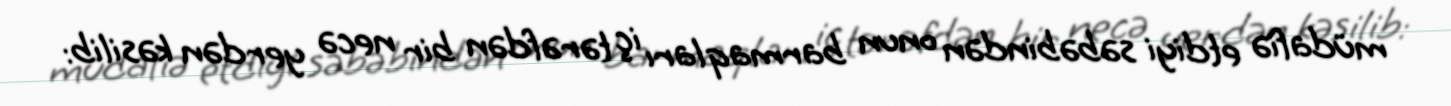
müdafiə etdiyi səbəbindən onun barmaqları iç tərəfdən bir necə yerdən kəsilib: